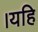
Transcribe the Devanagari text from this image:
।यहि